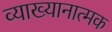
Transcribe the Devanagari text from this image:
व्याख्यानात्मक